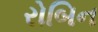
રોબિન